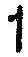
1